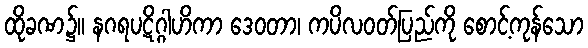
ထိုခဏ၌။ နဂရပဋိဂ္ဂါဟိကာ ဒေဝတာ၊ ကပိလဝတ်ပြည်ကို စောင့်ကုန်သော